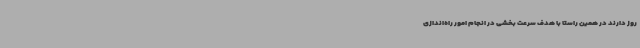
روز دارند در همین راستا با هدف سرعت بخشی در انجام امور راه‌اندازی